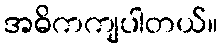
အဓိကကျပါတယ်။